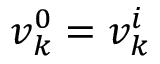
v _ { k } ^ { 0 } = v _ { k } ^ { i }